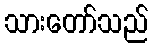
သားတော်သည်